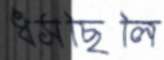
ধসছিলি